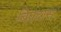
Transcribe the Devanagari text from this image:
बिप्रदास